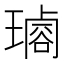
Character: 𤩡